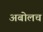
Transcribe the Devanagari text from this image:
अबोलच